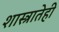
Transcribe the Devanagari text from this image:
शास्त्रातेही